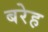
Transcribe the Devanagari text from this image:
बरेह